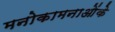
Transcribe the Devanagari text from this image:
मनोकामनाओंके